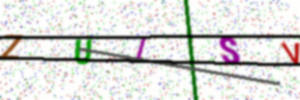
Text: ZUISV